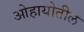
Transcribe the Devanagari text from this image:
ओहायोतील